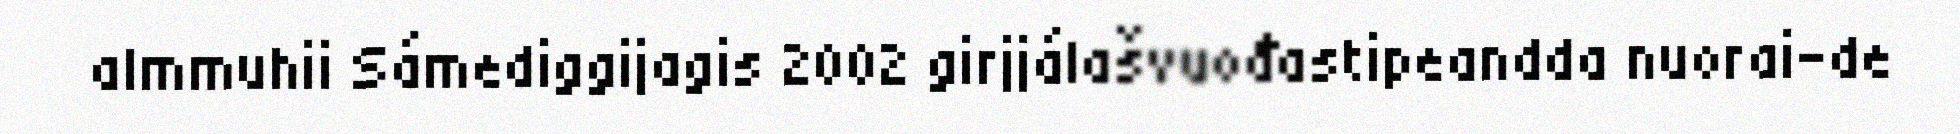
almmuhii Sámediggijagis 2002 girjjálašvuođastipeandda nuorai-de